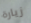
زيارة